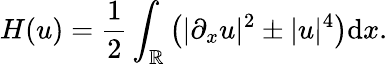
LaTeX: H(u)=\frac{1}{2}\int_{\mathbb{R}}\left(|\partial_{x}u|^{2}\pm|u|^{4}\right)\mathrm{d}x.